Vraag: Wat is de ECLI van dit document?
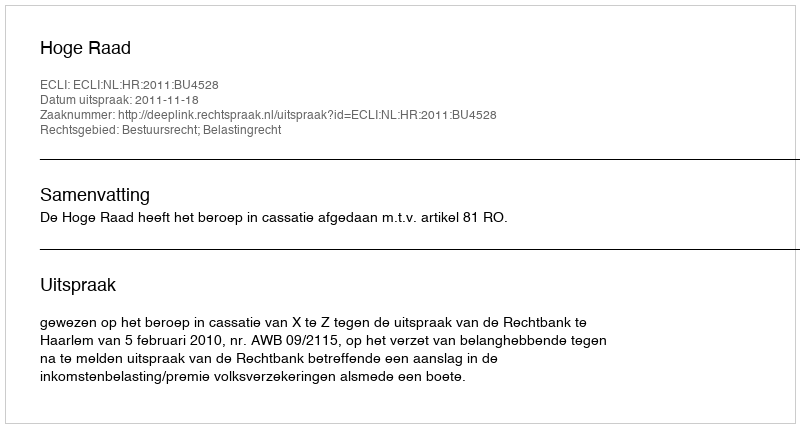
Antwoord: ECLI:NL:HR:2011:BU4528